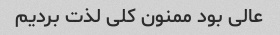
عالی بود ممنون کلی لذت بردیم